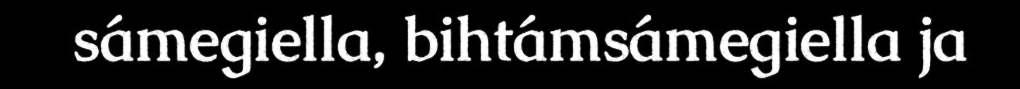
sámegiella, bihtámsámegiella ja